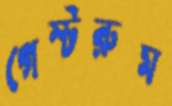
গেস্টরুম